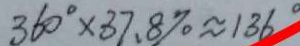
3 6 0 ^ { \circ } \times 3 7 . 8 \% \approx 1 3 6 ^ { \circ }